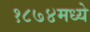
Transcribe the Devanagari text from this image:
१८७४मध्ये